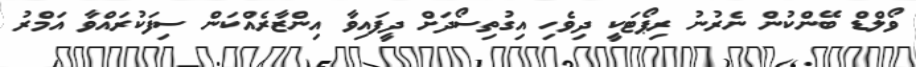
ވޯލްޑް ބޭންކުން ނެރުނު ރިޕޯޓަކީ ދިވެހި އިގުތިސޯދަށް ދީފައިވާ އިންޒާރެއްކަން ސިފަކުރައްވާ އަމްރު